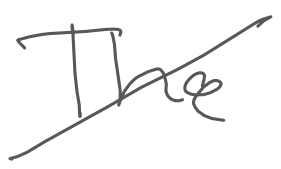
Text: The
Cross-out: mix
Writing tool: digital_gray